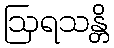
ဩရသန္တိ